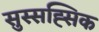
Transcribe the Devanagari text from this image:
सुस्सह्सिक